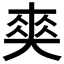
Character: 𠁊